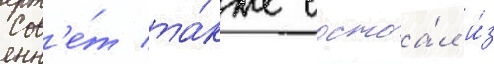
Сов'е́т та́кже состоа́л и́з